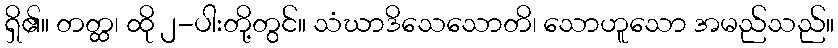
ရှိ၏။ တတ္ထ၊ ထို ၂-ပါးတို့တွင်။ သံဃာဒိသေသောတိ၊ သောဟူသော အမည်သည်။